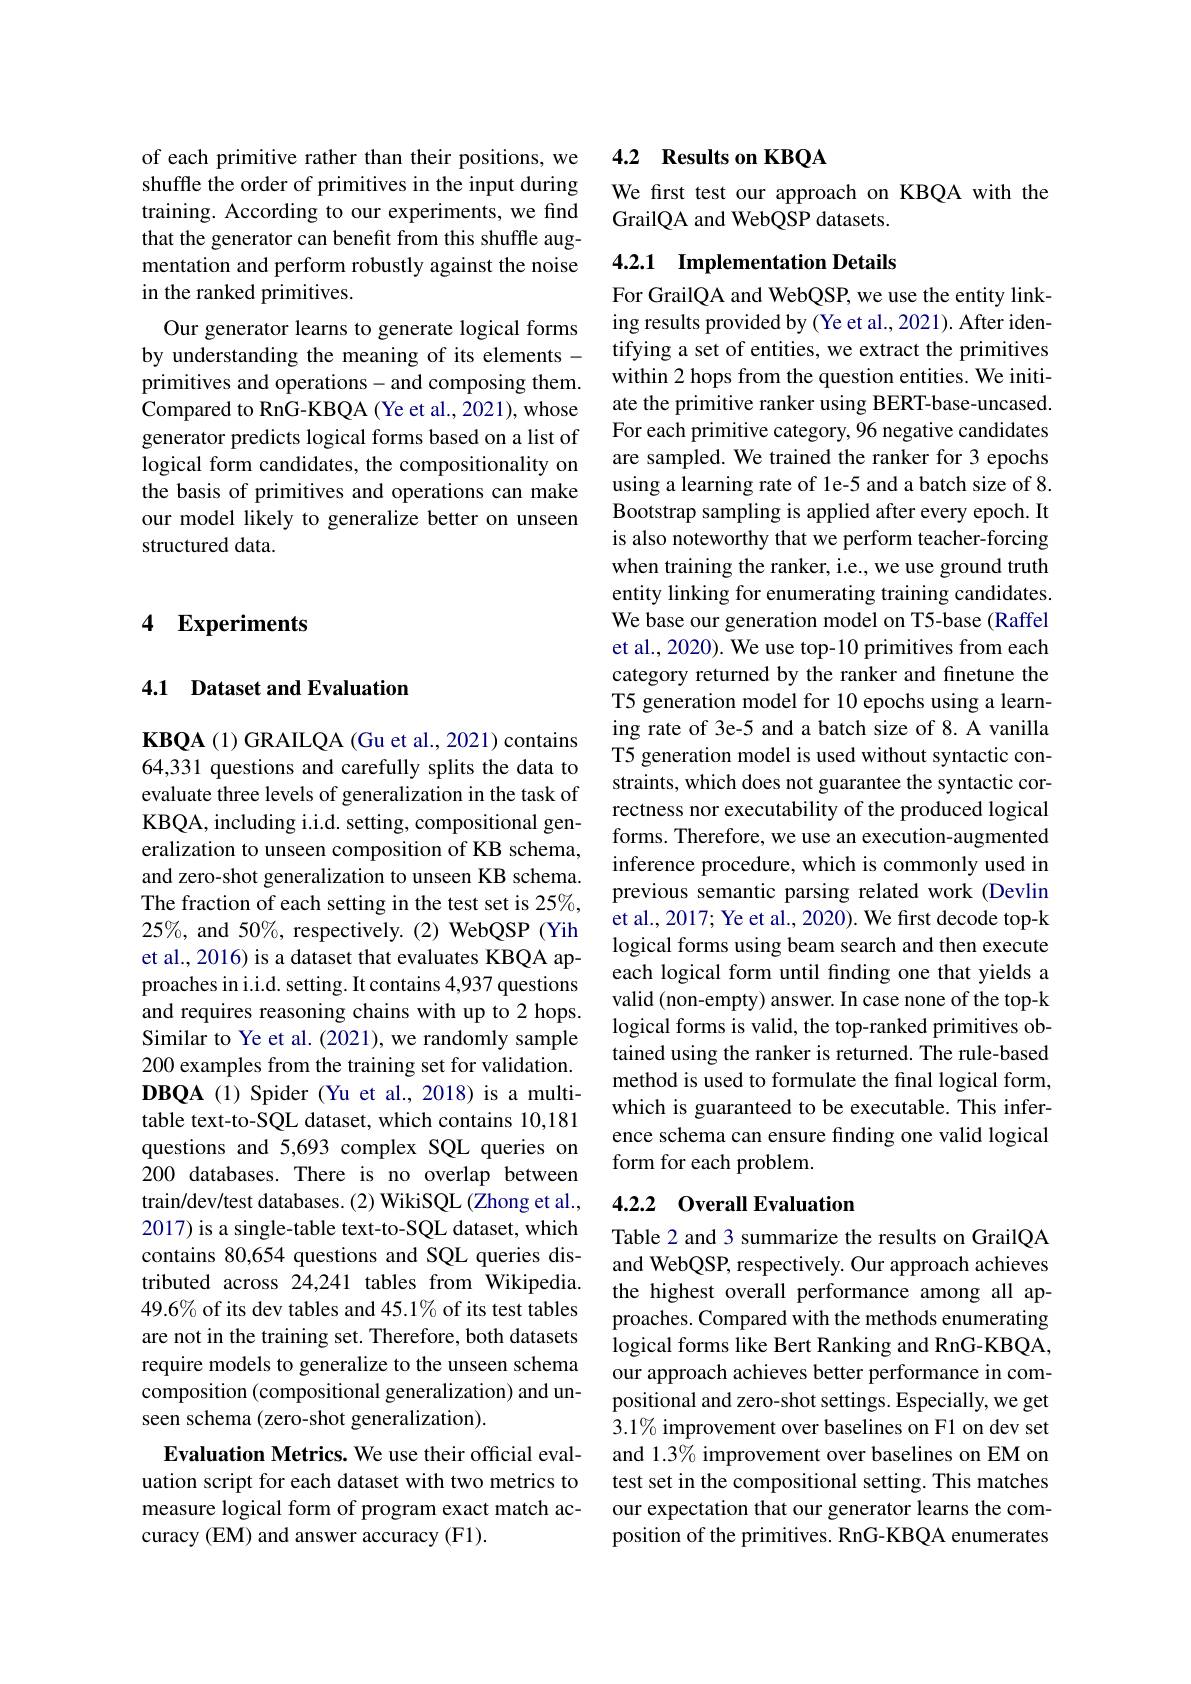
of each primitive rather than their positions, we shuffle the order of primitives in the input during training. According to our experiments, we find that the generator can benefit from this shuffle augmentation and perform robustly against the noise in the ranked primitives.
Our generator learns to generate logical forms by understanding the meaning of its elements - primitives and operations- and composing them. Compared to RnG-KBQA (Ye et al., 2021), whose generator predicts logical forms based on a list of logical form candidates, the compositionality on the basis of primitives and operations can make our model likely to generalize better on unseen structured data.

## 4 Experiments

## 4.1 Dataset and Evaluation

$\textbf{KBQA( 1) GRAILQA( Gu et al. , 2021) contains}$ 64,331 questions and carefully splits the data to evaluate three levels of generalization in the task of KBQA, including i.i.d. setting, compositional generalization to unseen composition of KB schema, and zero-shot generalization to unseen KB schema. The fraction of each setting in the test set is 25%, $25\%$, and 50%, respectively.(2) WebQSP (Yih et al., 2016) is a dataset that evaluates KBQA approaches in i.i.d. setting. It contains 4,937 questions and requires reasoning chains with up to 2 hops. Similar to Ye et al. (2021), we randomly sample 200 examples from the training set for validation. $\textbf{DBQA( 1) Spider( Yu et al. , 2018) is a multi- }$ table text-to-SQL dataset, which contains 10,181 questions and 5,693 complex SQL queries on 200 databases. There is no overlap between train/dev/test databases. (2) WikiSQL (Zhong et al., 2017) is a single-table text-to-SQL dataset, which contains 80,654 questions and SQL queries distributed across 24,241 tables from Wikipedia. 49.6% of its dev tables and 45.1% of its test tables are not in the training set. Therefore, both datasets require models to generalize to the unseen schema composition (compositional generalization) and unseen schema (zero-shot generalization).
Evaluation Metrics. We use their official evaluation script for each dataset with two metrics to

measure logical form of program exact match ac-
curacy (EM) and answer accuracy (F1).

## 4.2 Results on KBQA

We first test our approach on KBQA with the
GrailQA and WebQSP datasets.

## 4.2.1 Implementation Details

For GrailQA and WebQSP, we use the entity linking results provided by (Ye et al., 2021). After identifying a set of entities, we extract the primitives within 2 hops from the question entities. We initiate the primitive ranker using BERT-base-uncased. For each primitive category, 96 negative candidates are sampled. We trained the ranker for 3 epochs using a learning rate of le-5 and a batch size of 8. Bootstrap sampling is applied after every epoch. It is also noteworthy that we perform teacher-forcing when training the ranker, i.e., we use ground truth entity linking for enumerating training candidates. We base our generation model on T5-base (Raffel et al., 2020). We use top-10 primitives from each category returned by the ranker and finetune the T5 generation model for 10 epochs using a learning rate of 3e-5 and a batch size of 8. A vanilla T5 generation model is used without syntactic constraints, which does not guarantee the syntactic correctness nor executability of the produced logical forms. Therefore, we use an execution-augmented inference procedure, which is commonly used in previous semantic parsing related work (Devlin et al., 2017; Ye et al., 2020). We first decode top-k logical forms using beam search and then execute each logical form until finding one that yields a valid (non-empty) answer. In case none of the top-k logical forms is valid, the top-ranked primitives obtained using the ranker is returned. The rule-based method is used to formulate the final logical form, which is guaranteed to be executable. This inference schema can ensure finding one valid logical form for each problem.
4.2.2 Overall Evaluation

Table 2 and 3 summarize the results on GrailQA and WebQSP, respectively. Our approach achieves the highest overall performance among all approaches. Compared with the methods enumerating logical forms like Bert Ranking and RnG-KBQA, our approach achieves better performance in compositional and zero-shot settings. Especially, we get 3.1% improvement over baselines on F1 on dev set and 1.3% improvement over baselines on EM on test set in the compositional setting. This matches our expectation that our generator learns the composition of the primitives. RnG-KBQA enumerates